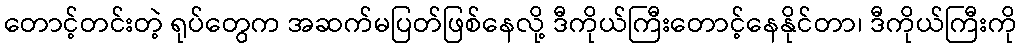
တောင့်တင်းတဲ့ ရုပ်တွေက အဆက်မပြတ်ဖြစ်နေလို့ ဒီကိုယ်ကြီးတောင့်နေနိုင်တာ၊ ဒီကိုယ်ကြီးကို